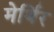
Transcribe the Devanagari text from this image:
मेर्थिर